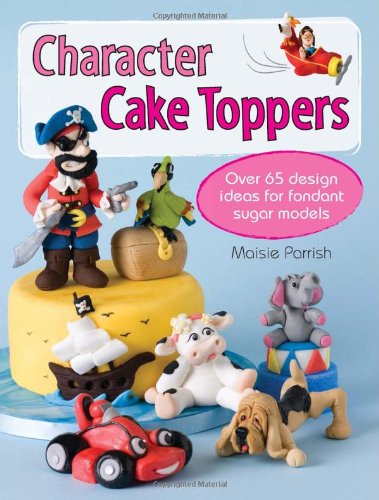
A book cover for Character Cake Toppers: Over 65 Design Ideas for Sugar Fondant Models; Maisie Parrish; Cookbooks, Food & Wine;